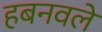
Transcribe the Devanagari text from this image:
हबनवले